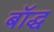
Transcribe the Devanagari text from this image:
बॉद्ध